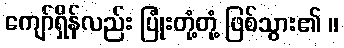
ကျော်ရှိန်လည်း ပြုံးတုံ့တုံ့ ဖြစ်သွား၏ ။